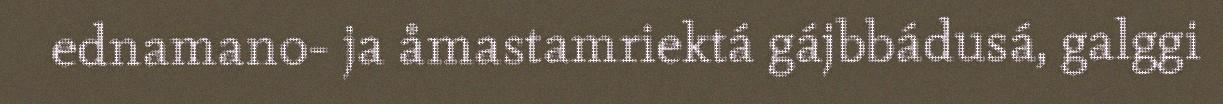
ednamano- ja åmastamriektá gájbbádusá, galggi